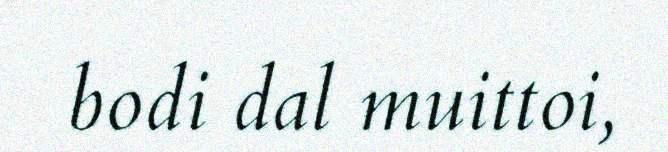
bodi dal muittoi,